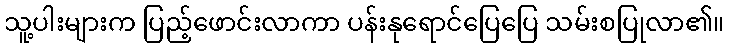
သူ့ပါးများက ပြည့်ဖောင်းလာကာ ပန်းနုရောင်ပြေပြေ သမ်းစပြုလာ၏။